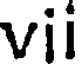
vii